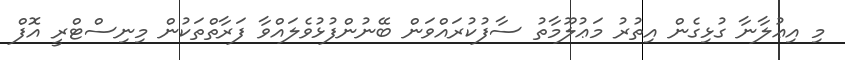
މި އިޢުލާނާ ގުޅިގެން އިތުރު މަޢުލޫމާތު ސާފުކުރައްވަން ބޭނުންފުޅުވެލައްވާ ފަރާތްތަކުން މިނިސްޓްރީ އޮފް